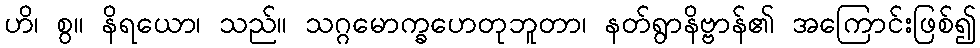
ဟိ၊ စွ။ နိရယော၊ သည်။ သဂ္ဂမောက္ခဟေတုဘူတာ၊ နတ်ရွာနိဗ္ဗာန်၏ အကြောင်းဖြစ်၍